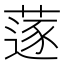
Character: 蓫